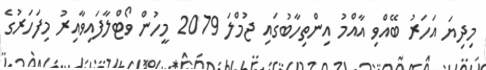
މިދިޔަ އަހަރު ބޭއްވި އާއްމު އިންތިހާބުގައި ޖުމްލަ 2079 މީހުން ވޯޓްލާފައިވާއިރު މިފަހަރުގެ